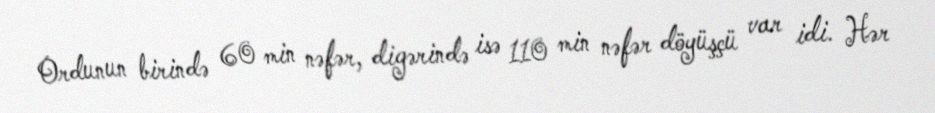
Ordunun birində 60 min nəfər, digərində isə 110 min nəfər döyüşçü var idi. Hər